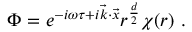
\Phi = e ^ { - i \omega \tau + i \vec { k } \cdot \vec { x } } r ^ { \frac { d } { 2 } } \chi ( r ) \ .